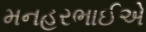
મનહરભાઈએ